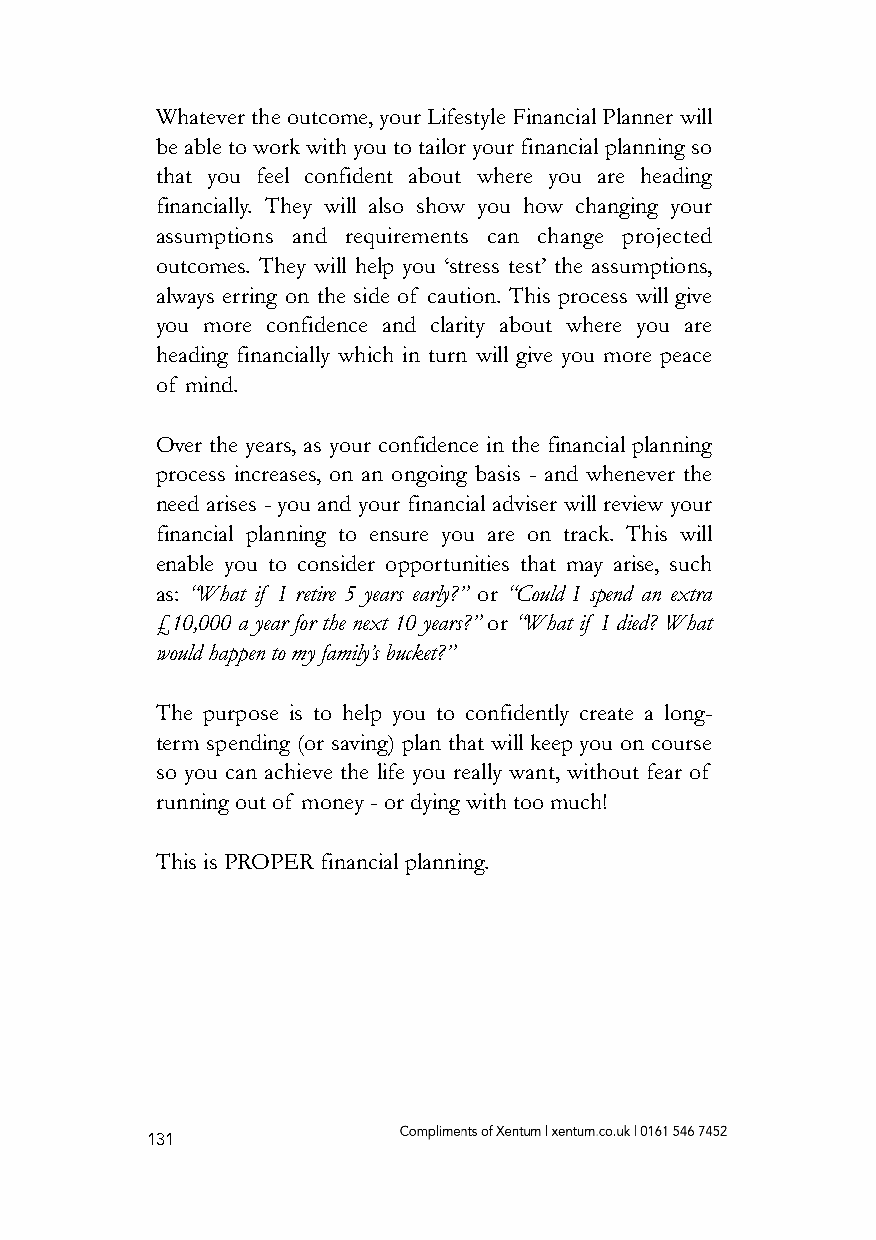
Whatever the outcome, your Lifestyle Financial Planner will
 be able to work with you to tailor your financial planning so
 that you feel confident about where you are heading
 financially. They will also show you how changing your
 assumptions and requirements can change projected
 outcomes. They will help you ‘stress test’ the assumptions,
 always erring on the side of caution. This process will give
 you more confidence and clarity about where you are
 heading financially which in turn will give you more peace
 of mind.
 Over the years, as your confidence in the financial planning
 process increases, on an ongoing basis - and whenever the
 need arises - you and your financial adviser will review your
 financial planning to ensure you are on track. This will
 enable you to consider opportunities that may arise, such
 as: “What if I retire 5 years early?” or “Could I spend an extra
 £10,000 a year for the next 10 years?” or “What if I died? What
 would happen to my family’s bucket?”
 The purpose is to help you to confidently create a long-
 term spending (or saving) plan that will keep you on course
 so you can achieve the life you really want, without fear of
 running out of money - or dying with too much!
 This is PROPER financial planning.
 131